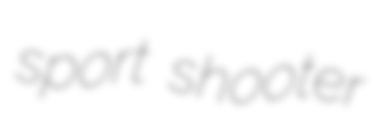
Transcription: sport shooter